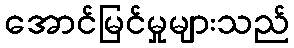
အောင်မြင်မှုများသည်